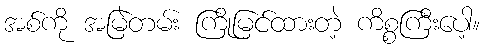
အစ်ကို အမြဲတမ်း ကြိုမြင်ထားတဲ့ ကိစ္စကြီးပေါ့။